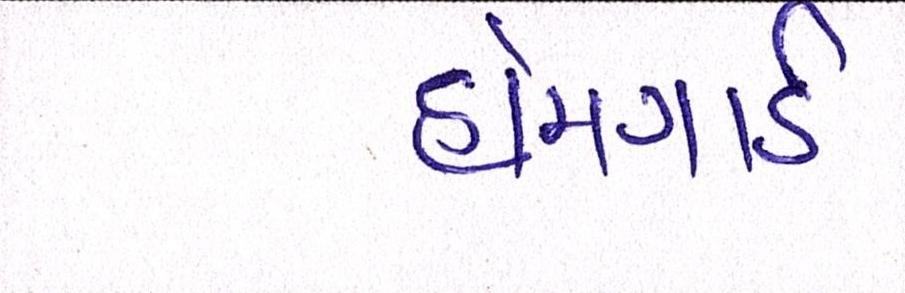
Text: હોમગાર્ડ